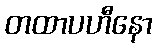
တထာပဟီနော